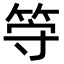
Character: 𬕀